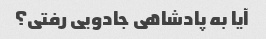
آیا به پادشاهی جادویی رفتی؟